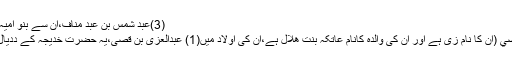
(3)عبد شمس بن عبد مناف،ان سے بنو امیہ ہیں)
بن قصي (ان کا نام زی ہے اور ان کی والدہ کانام عاتکہ بنت ھلال ہے،ان کی اولاد میں(1) عبدالعزی بن قصی،یہ حضرت خدیجہ کے ددیال ہیں۔